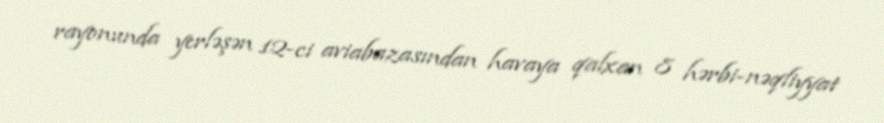
rayonunda yerləşən 12-ci aviabazasından havaya qalxan 8 hərbi-nəqliyyat